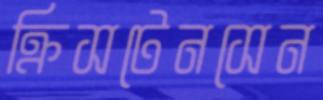
ক্রিসটেনসেন